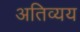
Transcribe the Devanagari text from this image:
अतिव्यय